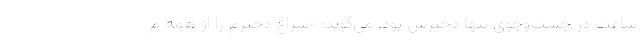
ساعت در جست‌وجوی تنها دخترش بود. می‌گوید: «سراغ دخترم را از همه م